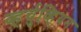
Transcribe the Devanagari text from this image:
व्हर्चुव्हियन